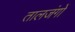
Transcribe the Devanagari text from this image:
तालजंगों